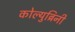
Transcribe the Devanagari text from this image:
कोल्युब्रिनी